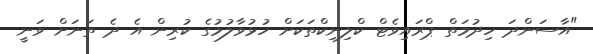
"އާސަންދަ ހިދުމަތް ޕްރައިވެޓް ކްލިނިކްތަކަށް ހުޅުވާލުމުގެ ކުރިން އެ ދެ ތަނަށް ވަނީ